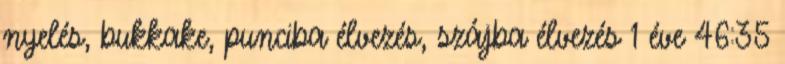
nyelés, bukkake, punciba élvezés, szájba élvezés 1 éve 46:35